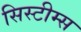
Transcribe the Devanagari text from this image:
सिस्टीम्स